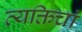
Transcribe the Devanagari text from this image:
व्यक्तिचां